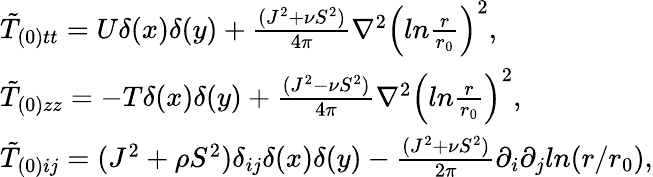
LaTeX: \begin{array}{ll}{{\tilde{T}_{(0)tt}=U\delta(x)\delta(y)+\frac{(J^{2}+\nu S^{2})}{4\pi}\nabla^{2}\left(ln\frac{r}{r_{0}}\right)^{2},}}\\ {{\tilde{T}_{(0)zz}=-T\delta(x)\delta(y)+\frac{(J^{2}-\nu S^{2})}{4\pi}\nabla^{2}\left(ln\frac{r}{r_{0}}\right)^{2},}}\\ {{\tilde{T}_{(0)ij}=(J^{2}+\rho S^{2})\delta_{ij}\delta(x)\delta(y)-\frac{(J^{2}+\nu S^{2})}{2\pi}\partial_{i}\partial_{j}ln(r/r_{0}),}}\end{array}